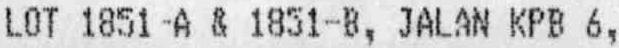
LOT 1851-A & 1851-B, JALAN KPB 6,